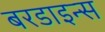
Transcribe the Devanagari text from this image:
बरडाइन्स